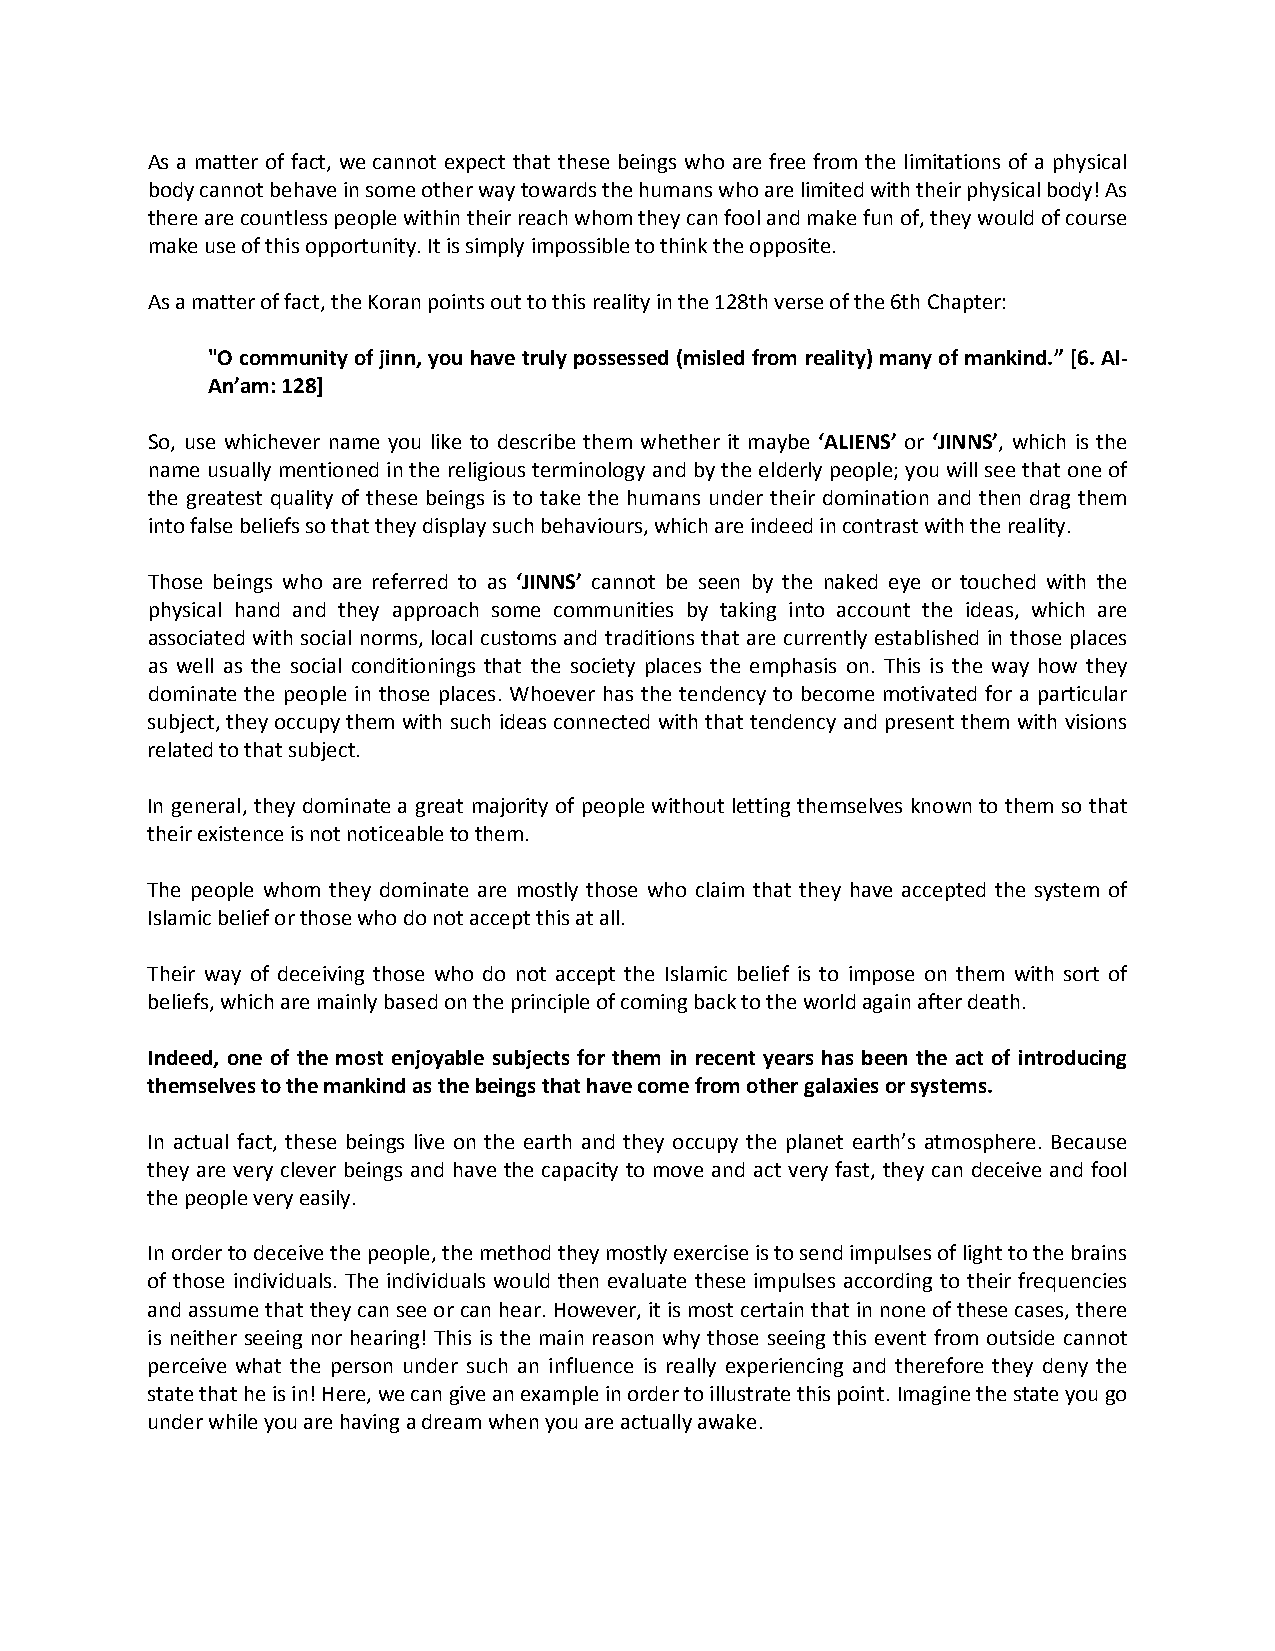
As a matter of fact, we cannot expect that these beings who are free from the limitations of a physical
 body cannot behave in some other way towards the humans who are limited with their physical body! As
 there are countless people within their reach whom they can fool and make fun of, they would of course
 make use of this opportunity. It is simply impossible to think the opposite.
 As a matter of fact, the Koran points out to this reality in the 128th verse of the 6th Chapter:
 "O community of jinn, you have truly possessed (misled from reality) many of mankind.” [6. Al-
 An’am: 128]
 So, use whichever name you like to describe them whether it maybe ‘ALIENS’ or ‘JINNS’, which is the
 name usually mentioned in the religious terminology and by the elderly people; you will see that one of
 the greatest quality of these beings is to take the humans under their domination and then drag them
 into false beliefs so that they display such behaviours, which are indeed in contrast with the reality.
 Those beings who are referred to as ‘JINNS’ cannot be seen by the naked eye or touched with the
 physical hand and they approach some communities by taking into account the ideas, which are
 associated with social norms, local customs and traditions that are currently established in those places
 as well as the social conditionings that the society places the emphasis on. This is the way how they
 dominate the people in those places. Whoever has the tendency to become motivated for a particular
 subject, they occupy them with such ideas connected with that tendency and present them with visions
 related to that subject.
 In general, they dominate a great majority of people without letting themselves known to them so that
 their existence is not noticeable to them.
 The people whom they dominate are mostly those who claim that they have accepted the system of
 Islamic belief or those who do not accept this at all.
 Their way of deceiving those who do not accept the Islamic belief is to impose on them with sort of
 beliefs, which are mainly based on the principle of coming back to the world again after death.
 Indeed, one of the most enjoyable subjects for them in recent years has been the act of introducing
 themselves to the mankind as the beings that have come from other galaxies or systems.
 In actual fact, these beings live on the earth and they occupy the planet earth’s atmosphere. Because
 they are very clever beings and have the capacity to move and act very fast, they can deceive and fool
 the people very easily.
 In order to deceive the people, the method they mostly exercise is to send impulses of light to the brains
 of those individuals. The individuals would then evaluate these impulses according to their frequencies
 and assume that they can see or can hear. However, it is most certain that in none of these cases, there
 is neither seeing nor hearing! This is the main reason why those seeing this event from outside cannot
 perceive what the person under such an influence is really experiencing and therefore they deny the
 state that he is in! Here, we can give an example in order to illustrate this point. Imagine the state you go
 under while you are having a dream when you are actually awake.